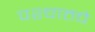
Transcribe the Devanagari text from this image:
पश्चातचे